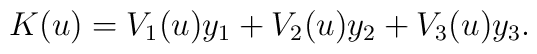
K(u)=V_{1}(u)y_{1} +V_{2}(u)y_{2}+V_{3}(u)y_{3}.